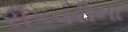
રીકવરીના